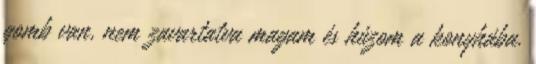
gomb van, nem zavartatva magam és húzom a konyhába.